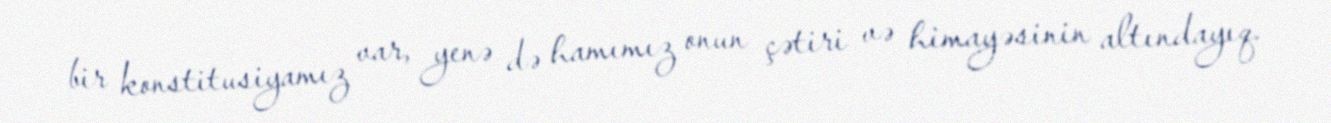
bir konstitusiyamız var, yenə də hamımız onun çətiri və himayəsinin altındayıq.